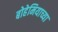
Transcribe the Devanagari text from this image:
बोहेमियाच्या